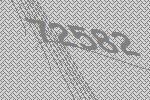
72582